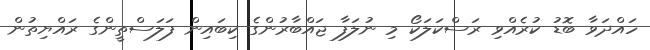
ހައްދަވާ ބޮޑު ކުރެއްވި ރަސްކަލަަކޯ މި ނުލަފާ ޖައްބާރުންގެ ކިބައިން ފަލަސްތީންގެ ރައްޔިތުން